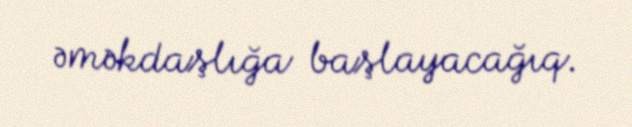
əməkdaşlığa başlayacağıq.